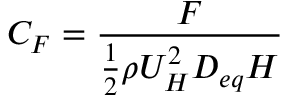
C _ { F } = \frac { F } { \frac { 1 } { 2 } \rho U _ { H } ^ { 2 } D _ { e q } H }